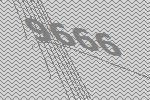
9666